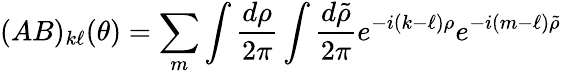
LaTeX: (AB)_{k\ell}(\theta)=\sum_{m}\int{\frac{d\rho}{2\pi}}\int{\frac{d\tilde{\rho}}{2\pi}}e^{-i(k-\ell)\rho}e^{-i(m-\ell)\tilde{\rho}}